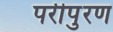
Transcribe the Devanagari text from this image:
परीपुरण